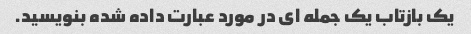
یک بازتاب یک جمله ای در مورد عبارت داده شده بنویسید.